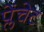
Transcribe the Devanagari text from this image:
प्लेंचेट